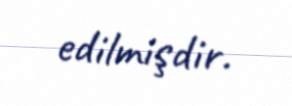
edilmişdir.